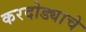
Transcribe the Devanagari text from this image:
करदोड्याचे